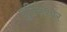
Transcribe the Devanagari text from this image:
पूतिकेश्वर